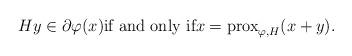
LaTeX: \begin{align*}Hy\in\partial {\varphi}(x) \mbox{if and only if} x=\mathrm{prox}_{\varphi, H}(x+y).\end{align*}